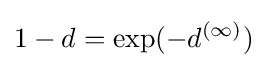
1-d=\exp(-d^{(\infty )})